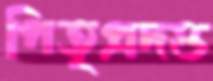
পিতৃপ্রদত্ত